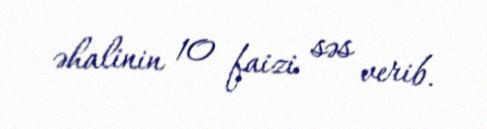
əhalinin 10 faizi səs verib.